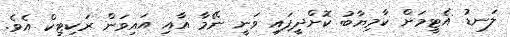
ލަނޑު އެޓީމަށް ކާމިޔާބު ކޮށްދީފައި ވަނީ ނޭމާ އާއި އައިވަން ރަކިޓިކް އެވެ.